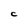
Character: C